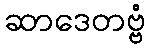
ဆာဒေတဗ္ဗံ